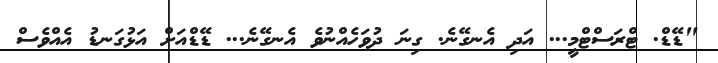
"ޑޭޑް. ޓްރަސްޓްމީ... އަދި އެނގޭނެ. ގިނަ ދުވަހެއްނުވެ އެނގޭނެ... ޑޭޑްއަށް އަޅުގަނޑު އެއްވެސް